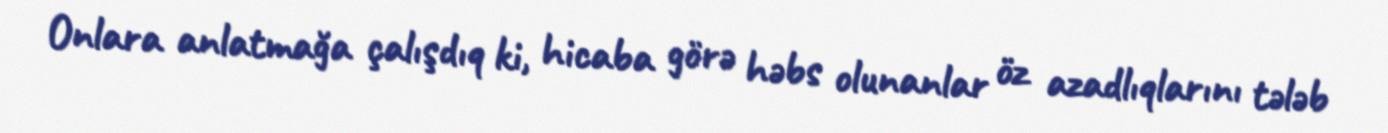
Onlara anlatmağa çalışdıq ki, hicaba görə həbs olunanlar öz azadlıqlarını tələb